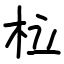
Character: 柆